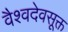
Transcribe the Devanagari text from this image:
वैश्वदेवसूक्त